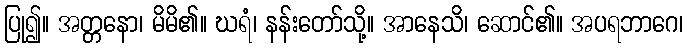
ပြု၍။ အတ္တနော၊ မိမိ၏။ ဃရံ၊ နန်းတော်သို့။ အာနေသိ၊ ဆောင်၏။ အပရဘာဂေ၊